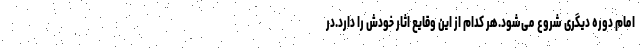
امام دوره دیگری شروع می‌شود.هر کدام از این وقایع اثار خودش را دارد.در